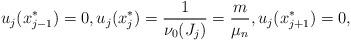
LaTeX: \begin{align*} u_j(x_{j-1}^*)=0,u_j(x_{j}^*)=\frac{1}{\nu_0(J_j)}=\frac{m}{\mu_n},u_j(x_{j+1}^*)=0, \end{align*}